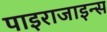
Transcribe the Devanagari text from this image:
पाइराजाइन्स